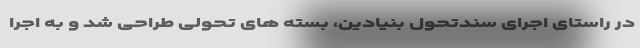
در راستای اجرای سندتحول بنیادین، بسته های تحولی طراحی شد و به اجرا